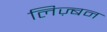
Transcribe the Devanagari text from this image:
लिज़्बन